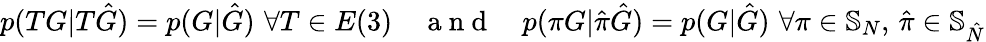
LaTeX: p(TG|T\hat{G})=p(G|\hat{G})\, \, \forall T\in E(3)\quad\mathrm{~a~n~d~}\quad p(\pi G|\hat{\pi}\hat{G})=p(G|\hat{G})\, \, \forall\pi\in\mathbb{S}_{N},\, \hat{\pi}\in\mathbb{S}_{\hat{N}}